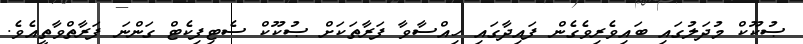
ޞުކޫކް މުދަލުގައި ބައިވެރިވެގެން ފައިދާގައި ހިއްސާވާ ފަރާތަކަށް ޞުކޫކް ސެޓިފިކެޓް ގަންނަ ފަރާތްވާތީއެވެ.